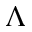
\Lambda